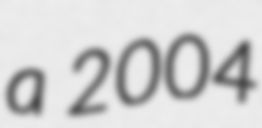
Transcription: a 2004